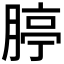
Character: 𦝞